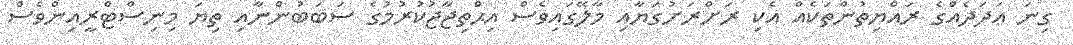
ގިނަ ޢަދަދެއްގެ ރައްޔިތުންތަކެއް އެކި ރަށްރަށުގަޔާއި މާލޭގައިވެސް އިޙްތިޖާޖުކުރުމުގެ ސަބަބުންނާއި ތިޔަ މިނިސްޓްރީއިންވެސް